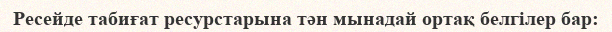
Ресейде табиғат ресурстарына тән мынадай ортақ белгілер бар: